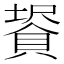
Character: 𧷀